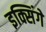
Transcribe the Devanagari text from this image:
इक्सिंगे